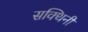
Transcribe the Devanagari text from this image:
सक्थिनी